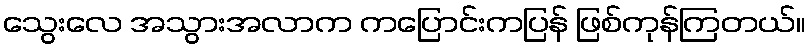
သွေးလေ အသွားအလာက ကပြောင်းကပြန် ဖြစ်ကုန်ကြတယ်။